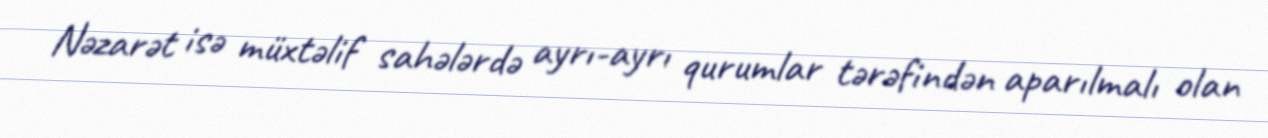
Nəzarət isə müxtəlif sahələrdə ayrı-ayrı qurumlar tərəfindən aparılmalı olan